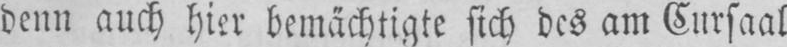
denn auch hier bemächtigte sich des am Cursaal